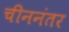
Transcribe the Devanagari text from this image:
चीननंतर